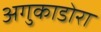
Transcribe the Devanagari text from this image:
अगुकाडोरा